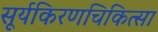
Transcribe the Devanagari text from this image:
सूर्यकिरणचिकित्सा